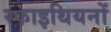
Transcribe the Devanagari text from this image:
स्काइथियनों